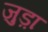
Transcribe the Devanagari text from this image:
जुड़़ा